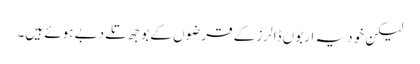
لیکن خود یہ اربوں ڈالرز کے قرضوں کے بوجھ تلے دبے ہوئے ہیں۔